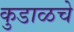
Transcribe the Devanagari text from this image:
कुडाळचे